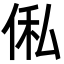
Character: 俬